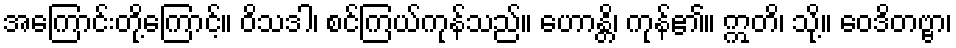
အကြောင်းတို့ကြောင့်။ ဝိသဒါ၊ စင်ကြယ်ကုန်သည်။ ဟောန္တိ၊ ကုန်၏။ ဣတိ၊ သို့။ ဝေဒိတဗ္ဗာ၊